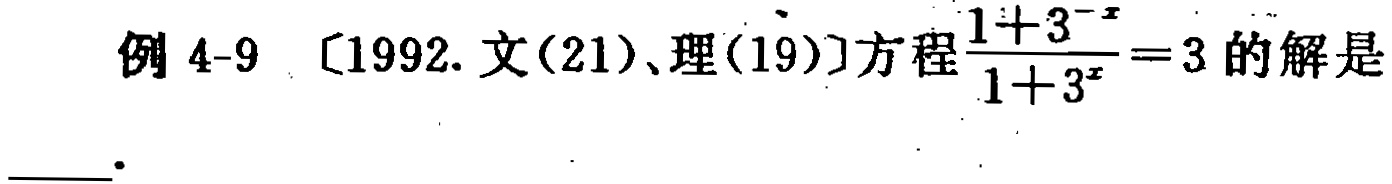
例 4-9 [1992. 文(21)、理(19)]方程$\frac{1 + 3^{-x}}{1 + 3^{x}} = 3$的解是___.